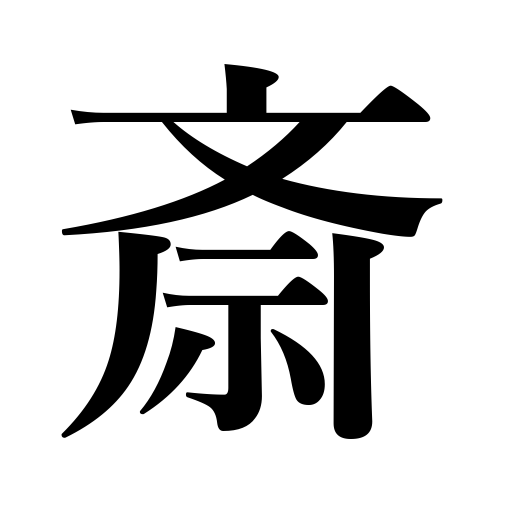
Meanings: room,Buddhist food